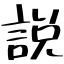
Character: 説